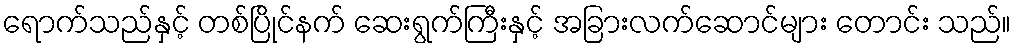
ရောက်သည်နှင့် တစ်ပြိုင်နက် ဆေးရွက်ကြီးနှင့် အခြားလက်ဆောင်များ တောင်း သည်။